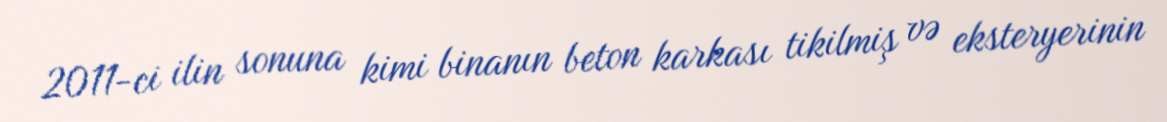
2011-ci ilin sonuna kimi binanın beton karkası tikilmiş və eksteryerinin